Regulations for the medical services of the Army of India
Year: 1930
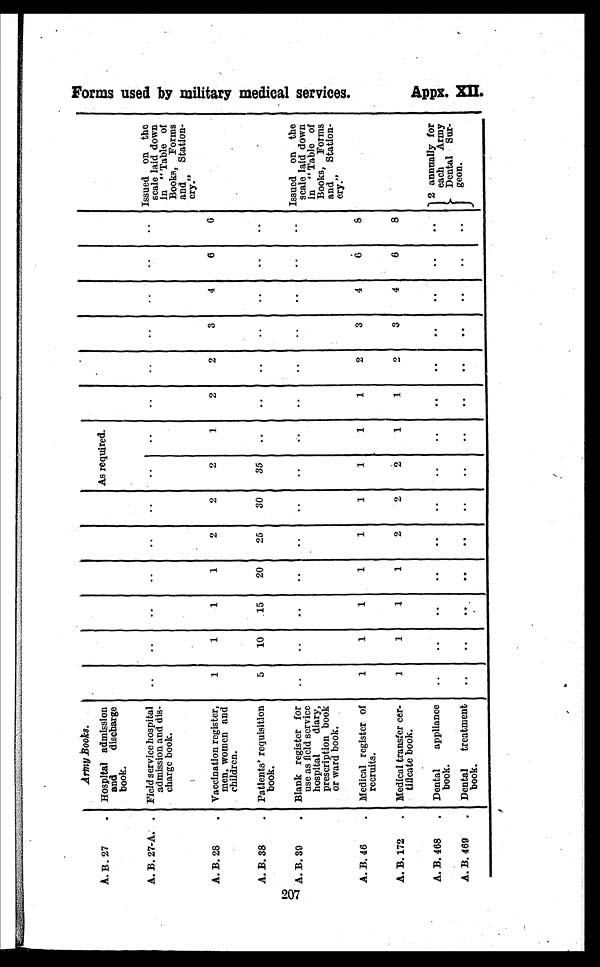
Army Books.
A. B. 27
. Hospital admission
and
discharge
book.
As required.
A. B. 27-A. . Field service hospital
admission and dis-
charge book.
..
..
..
..
..
..
. .
..
..
..
..
..
..
.. Issued on the
scale laid down
in " Table of
Books, Forms
and Station-
ery."
A. B. 28
. Vaccination register,
men, women and
children.
1
1
1
1
2
2
2
1
2
2
3
4
6
6
A. B. 38
. Patients' requisition
book.
5
10
15
20
25
30
35 ..
..
..
..
..
..
..
A. B. 39
. Blank register for
use as field service
hospital diary,
prescription book
or ward book.
..
..
..
..
..
..
..
. .
..
..
..
..
..
. .
Issued on the
scale laid down
in "Table of
Books, Forms
and Station-
ery."
A. B. 46
. Medical register of
recruits.
1
1
1
1
1
1
1
1
1
2
3
4
6
8
A. B. 172 . Medical transfer cer-
tificate book.
1
1
1
1
2
2
2
1
1
2
3
4
6
8
A. B. 468 . Dental appliance
book.
..
..
..
..
..
..
..
..
..
..
..
..
..
..
2 annually for
each Army
Dental Sur g e o n .
A. B. 469 . Dental treatment
book.
..
..
F o r m s u s e d b y m i l i t a r y m e d i c a l s e r v i c e s .
Ap p x . XI I .